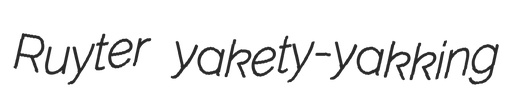
Ruyter yakety-yakking